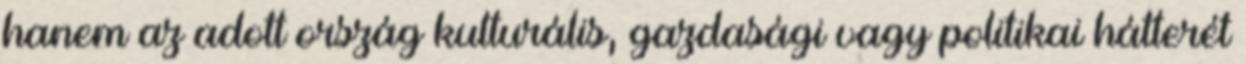
hanem az adott ország kulturális, gazdasági vagy politikai hátterét